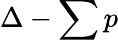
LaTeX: \Delta-\sum p